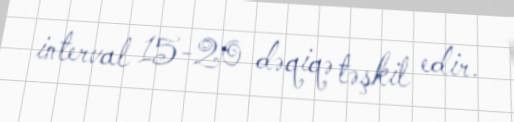
interval 15-20 dəqiqə təşkil edir.